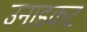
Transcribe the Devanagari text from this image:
उनाडकट